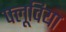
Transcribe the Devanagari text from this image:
फ्लूविया